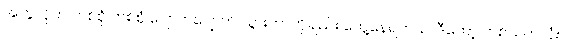
အတွဲလိုက် တစ်စုံ တစ်စုံ ပျောက်ပျောက် သွားတာကိုချည်း တွေ့နေရတယ်၊ ဒီတော့ တစ်သက်လုံး